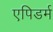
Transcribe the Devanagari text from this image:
एपिडर्म